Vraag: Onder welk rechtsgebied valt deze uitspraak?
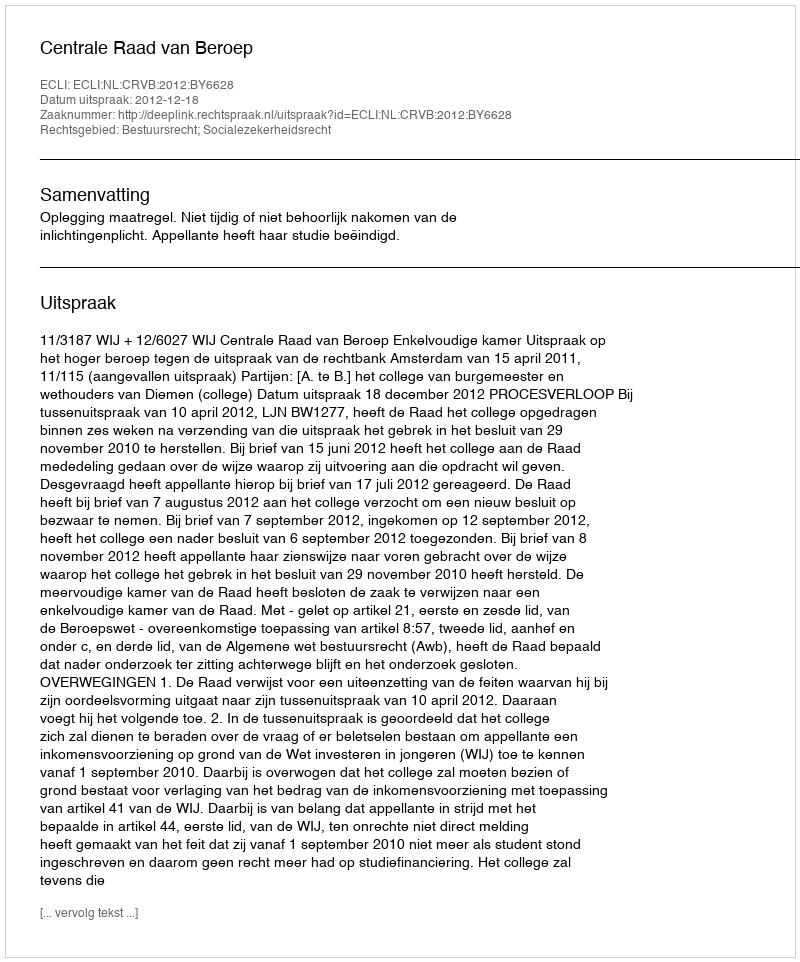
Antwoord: Bestuursrecht; Socialezekerheidsrecht